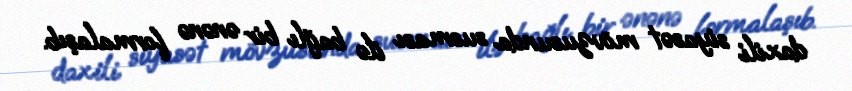
daxili siyasət mövzusunda susması ilə bağlı bir ənənə formalaşıb.